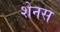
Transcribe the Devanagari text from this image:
शेनस